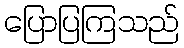
ပြောပြကြသည်